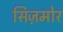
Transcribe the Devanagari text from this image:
सिज़मोर